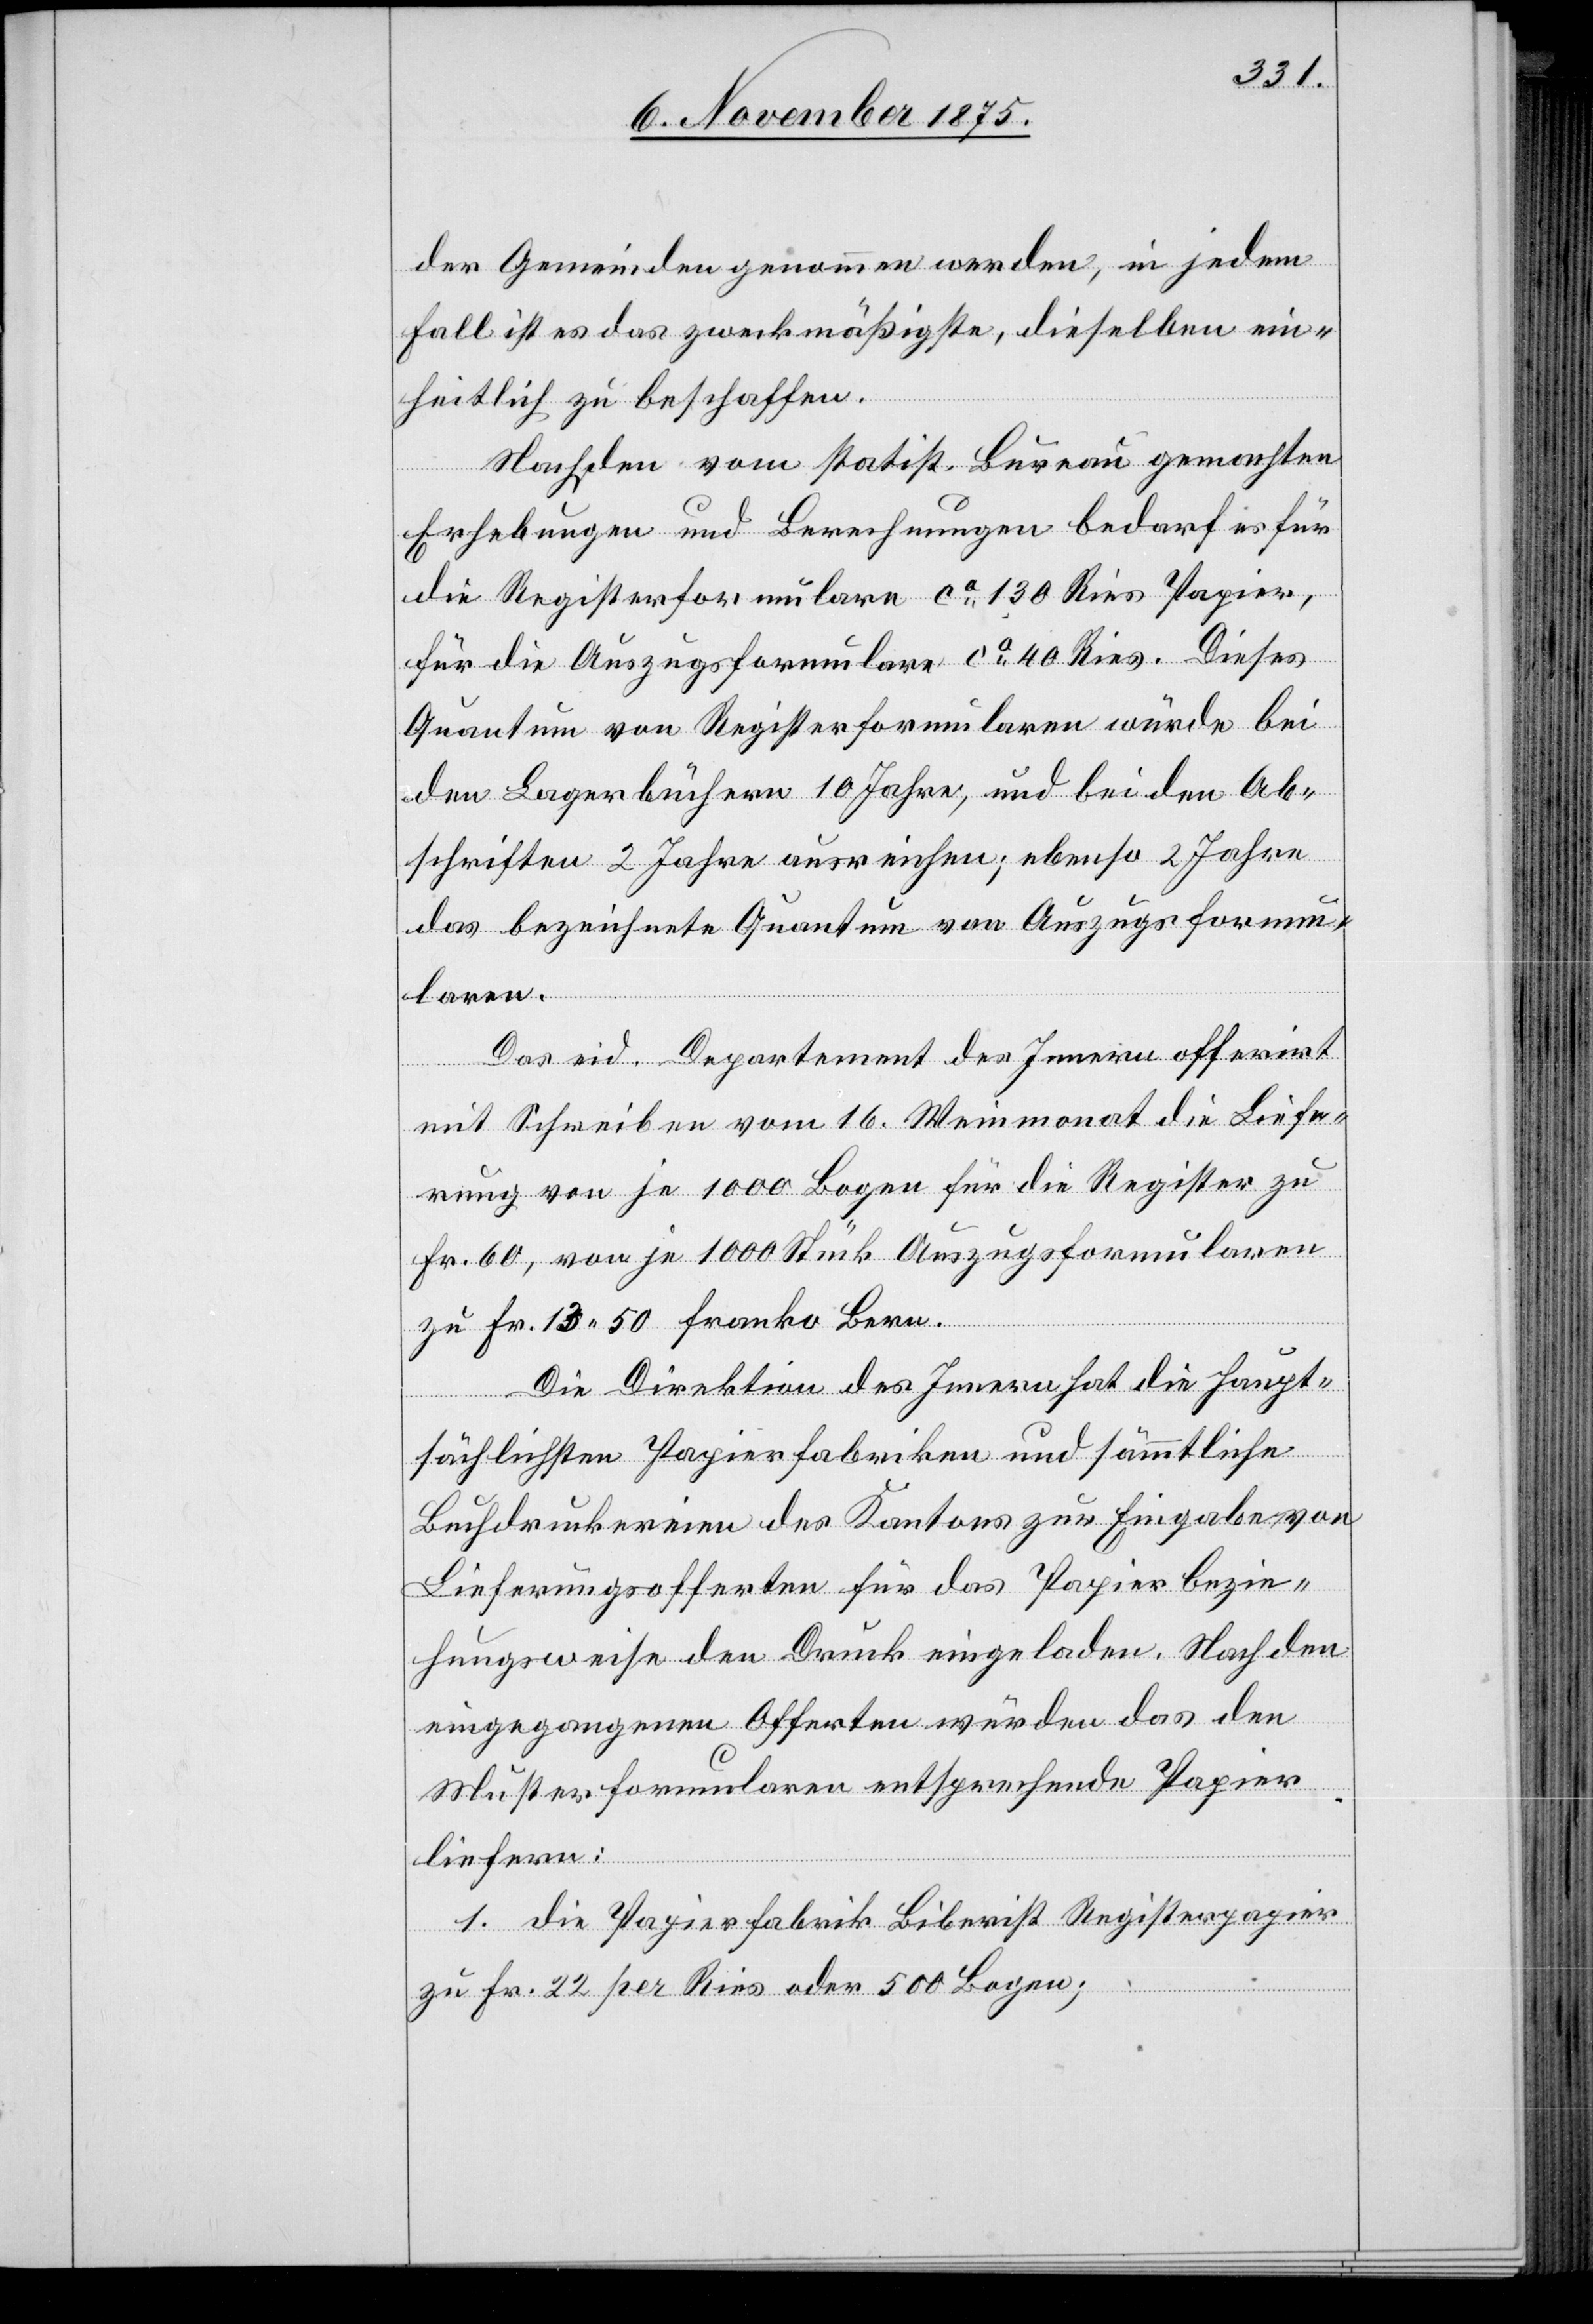
der Gemeinden genommen werden, in jedem
Fall ist es das zweckmäßigste, dieselben ein¬
heitlich zu beschaffen.
Nach den vom statist. Bureau gemachten
Erhebungen und Berechnungen bedarf es für
die Registerformulare ca 130 Ries Papier,
für die Auszugsformulare ca 40 Ries. Dieses
Quantum von Registerformularen würde bei
den Lagerbüchern 10 Jahre, und bei den Ab¬
schriften 2 Jahre ausreichen; ebenso 2 Jahre
das bezeichnete Quantum von Auszugsformu¬
laren.
Das eid. Departement des Innern offerirt
mit Schreiben vom 16. Weinmonat die Liefe¬
rung von je 1000 Bogen für die Register zu
Fr. 60, von je 1000 Stück Auszugsformularen
zu Fr 13 50 franko Bern.
Die Direktion des Innern hat die haupt¬
sächlichsten Papierfabriken und sämmtliche
Buchdruckereien des Kantons zur Eingabe von
Lieferungsofferten für das Papier bezie¬
hungsweise den Druck eingeladen. Nach den
eingegangenen Offerten würden das den
Musterformularen entsprechende Papier
liefern:
1. die Papierfabrik Biberist Registerpapier
zu Fr. 22 per Ries oder 500 Bogen;